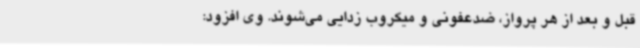
قبل و بعد از هر پرواز، ضدعفونی و میکروب زدایی می‌شوند. وی افزود: